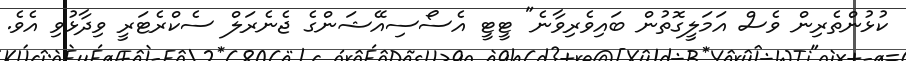
ކުޅުންތެރިން ވެސް އަމަލީގޮތުން ބައިވެރިވާނެ" ޓީޓީ އެސޯސިއޭޝަންގެ ޖެނެރަލް ސެކްރެޓަރީ ވިދާޅުވި އެވެ.